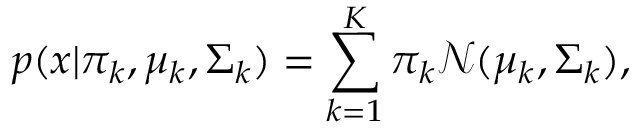
p ( x | { \pi _ { k } , \mu _ { k } , \Sigma _ { k } } ) = \sum _ { k = 1 } ^ { K } \pi _ { k } \mathcal { N } ( \mu _ { k } , \Sigma _ { k } ) ,